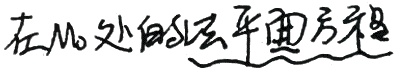
在 \(M_0\) 处的法平面方程